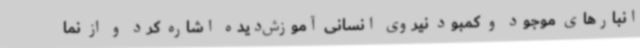
انبارهای موجود و کمبود نیروی انسانی آموزش‌دیده اشاره کرد و از نما